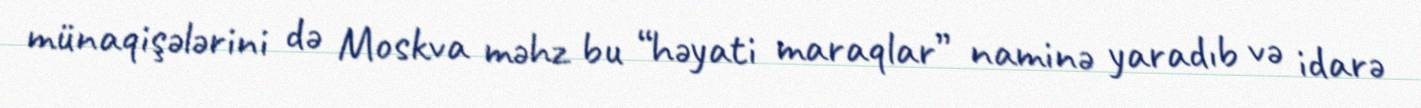
münaqişələrini də Moskva məhz bu “həyati maraqlar” naminə yaradıb və idarə